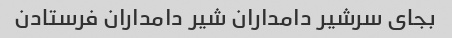
بجای سرشیر دامداران شیر دامداران فرستادن